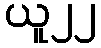
ယူ၂၂